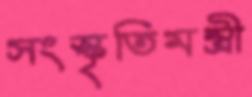
সংস্কৃতিমন্ত্রী